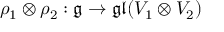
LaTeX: \rho _ { 1 } \otimes \rho _ { 2 } : { \mathfrak { g } } \rightarrow { \mathfrak { g l } } ( V _ { 1 } \otimes V _ { 2 } )